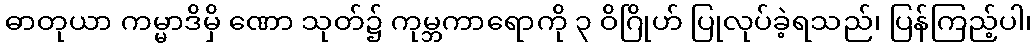
ဓာတုယာ ကမ္မာဒိမှိ ဏော သုတ်၌ ကုမ္ဘကာရောကို ၃ ဝိဂြိုဟ် ပြုလုပ်ခဲ့ရသည်၊ ပြန်ကြည့်ပါ၊